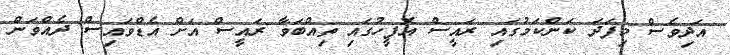
އަދިވެސް މިފަދަ ކަންކަމުގައި ރައީސް އޮފީހުގައި ތިއްބަވާ ރައީސް އަށް އެޑްވައިސް ދެއްވަން